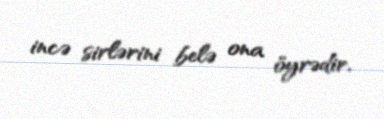
incə sirlərini belə ona öyrədir.